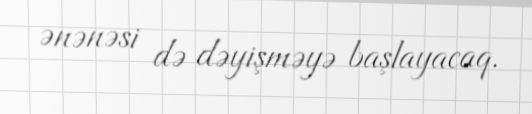
ənənəsi də dəyişməyə başlayacaq.